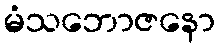
မံသဘောဇနော